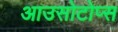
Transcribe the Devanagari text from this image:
आउसोटोप्स